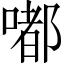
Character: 嘟